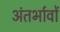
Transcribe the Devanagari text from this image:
अंतर्भावों